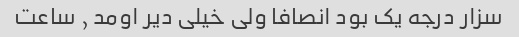
سزار درجه یک بود انصافا ولی خیلی دیر اومد ٫ ساعت